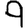
Digit: 9